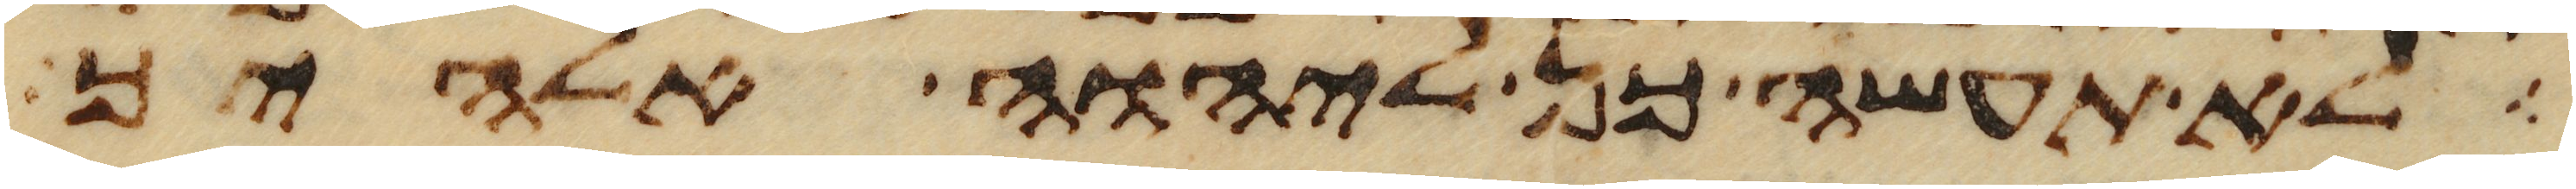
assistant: לא תעשה כן ליהוה אלהיך